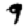
Digit: 9